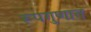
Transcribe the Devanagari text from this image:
रूपगुणात